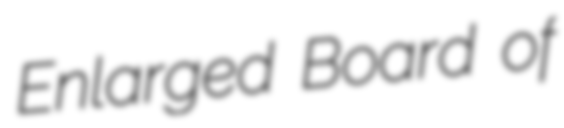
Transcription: Enlarged Board of